Civil Veterinary Dept. Bombay admin report 1923-31 - 1923-1931
Year: 1923
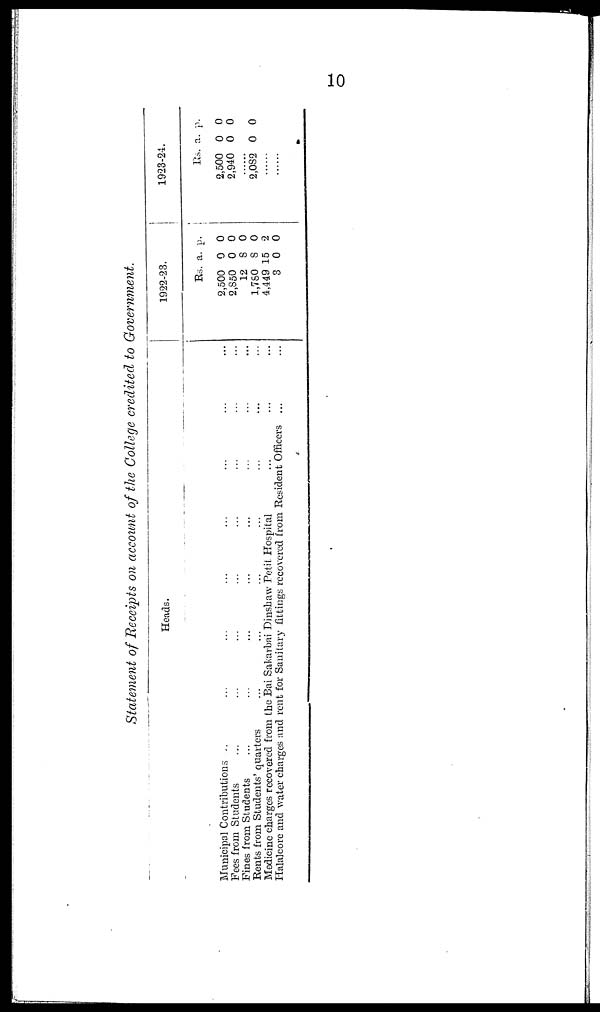
10
Statement of Receipts on account of the College credited to Government.
Heads.
Municipal Contributions
...
...
...
...
...
...
...
...
Fees from Students ... ... ... ... ... ... ... ...
Fines from Students ... ... ... ..............
Rents from Students' quarters.....................
Medicine charges recovered from the Bai Sakarbai Dinshaw Petit Hospital.........
Halalcore and water charges and rent for Sanitary fittings recovered from Resident Officers......
1922-23.
Rs.
2,500
2,850
12
1,780
4,449
3
a.
0
0
8
8
15
0
p.
0
0
0
0
2
0
1923-24.
Rs.
2,500
2,940
......
2,082
......
......
a.
0
0
0
p.
0
0
0